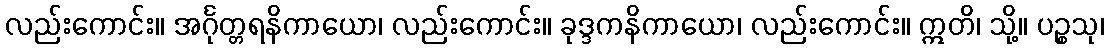
လည်းကောင်း။ အင်္ဂုတ္တရနိကာယော၊ လည်းကောင်း။ ခုဒ္ဒကနိကာယော၊ လည်းကောင်း။ ဣတိ၊ သို့။ ပဉ္စသု၊